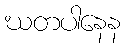
ဃတပါနေန